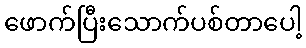
ဖောက်ပြီးသောက်ပစ်တာပေါ့